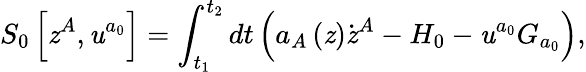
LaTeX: S_{0}\left[\mathit{z}^{A},\mathit{u}^{a_{0}}\right]=\int_{t_{1}}^{t_{2}}dt\left(a_{A}\left(\mathit{z}\right)\dot{{\mathit{z}}}^{A}-H_{0}-\mathit{u}^{a_{0}}G_{a_{0}}\right),